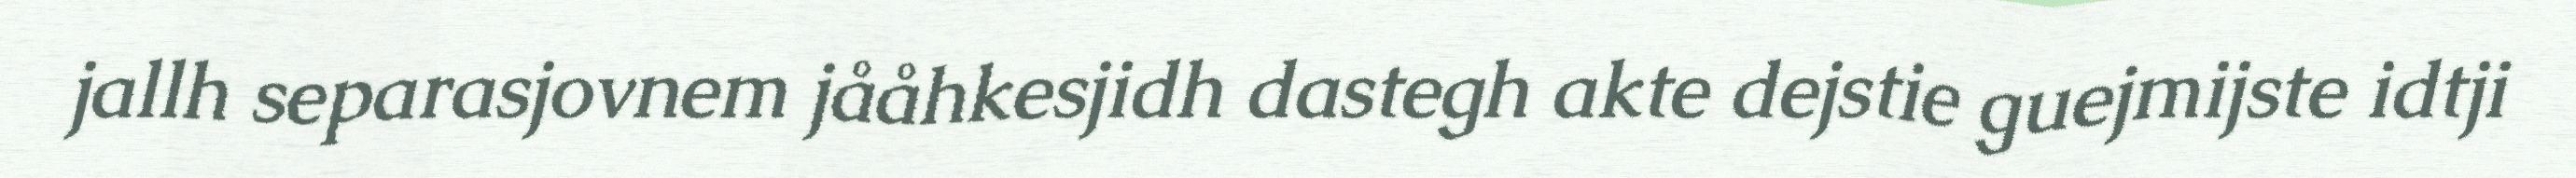
jallh separasjovnem jååhkesjidh dastegh akte dejstie guejmijste idtji